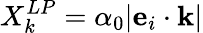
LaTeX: X_{k}^{LP}=\alpha_{0}|\mathbf{e}_{i}\cdot\mathbf{k}|